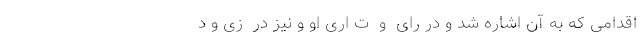
اقدامی که به آن اشاره شد و در رای  و  ت اری او و نیز در  زی و د